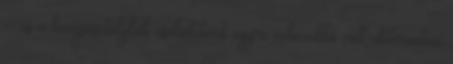
-- és a középosztálybeli családoknak egyre nehezebbé vált előteremteni